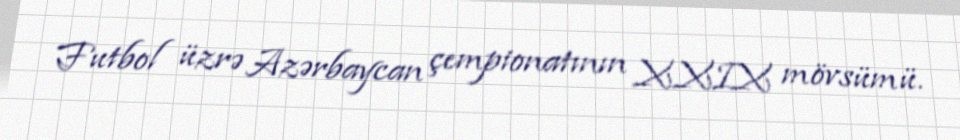
Futbol üzrə Azərbaycan çempionatının XXIX mövsümü.